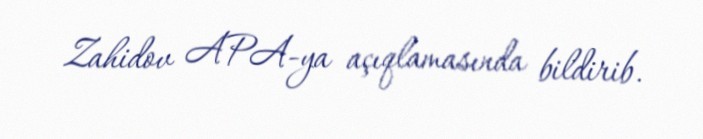
Zahidov APA-ya açıqlamasında bildirib.